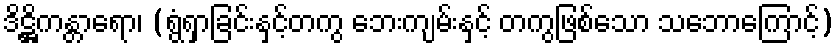
ဒိဋ္ဌိကန္တာရော၊ (ရွံရှာခြင်းနှင့်တကွ ဘေးကျမ်းနှင့် တကွဖြစ်သော သဘောကြောင့်)